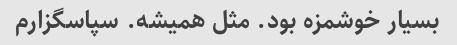
بسیار خوشمزه بود. مثل همیشه. سپاسگزارم